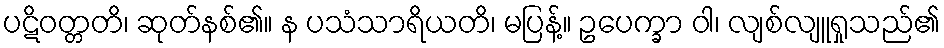
ပဋိဝတ္တတိ၊ ဆုတ်နစ်၏။ န ပသံသာရိယတိ၊ မပြန့်။ ဥပေက္ခာ ဝါ၊ လျစ်လျူရှုသည်၏